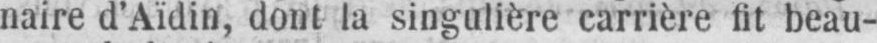
naire d’Aïdin, dont la singulière carrière fit beau-